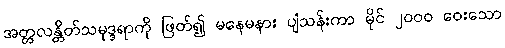
အတ္တလန္တိတ်သမုဒ္ဒရာကို ဖြတ်၍ မနေမနား ပျံသန်းကာ မိုင် ၂၀၀၀ ဝေးသော